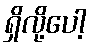
ရှိလို့ပေါ့